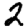
Digit: 2